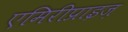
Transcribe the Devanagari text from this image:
एमिरीप्राइज़